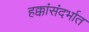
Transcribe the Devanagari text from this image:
हक्कांसंदर्भात